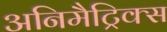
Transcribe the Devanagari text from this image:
अनिमैट्रिक्स